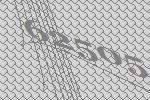
62505